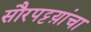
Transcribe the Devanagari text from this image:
सौरपट्टय़ांचा